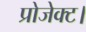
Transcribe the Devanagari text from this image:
प्रोजेक्ट।